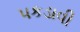
પકડાવી